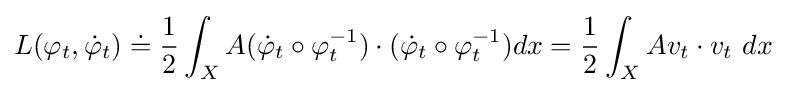
L(\varphi _{t},{\dot {\varphi }}_{t})\doteq {\frac {1}{2}}\int _{X}A({\dot {\varphi }}_{t}\circ \varphi _{t}^{-1})\cdot ({\dot {\varphi }}_{t}\circ \varphi _{t}^{-1})dx={\frac {1}{2}}\int _{X}Av_{t}\cdot v_{t}\ dx\